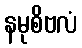
နမုစိဗလံ